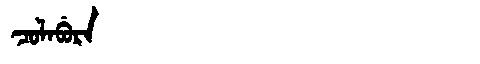
Manchu: ᠴᠣᠯᠠᠪᡠᡵᠠ
Romanization: COLABURA